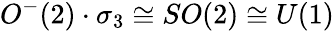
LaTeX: O^{-}(2)\cdot\sigma_{3}\cong SO(2)\cong U(1)